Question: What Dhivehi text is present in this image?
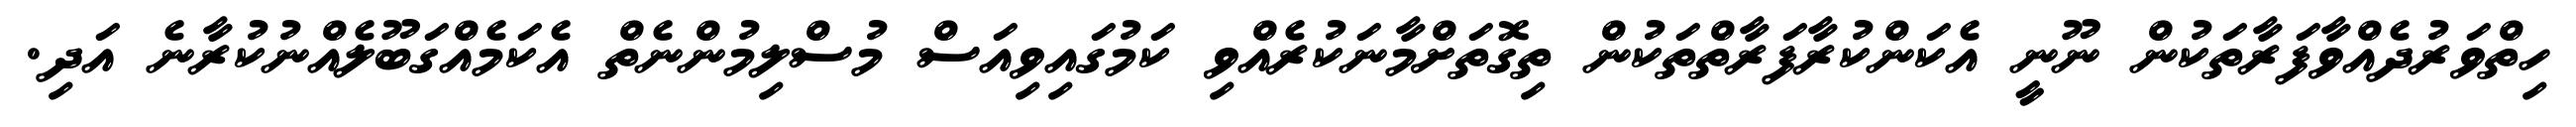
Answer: ހިތްވަރުދެއްވާފަރާތަކުން ނޫނީ އެކަންކުރާފަރާތްތަކުން ތިގޮތަށްމާނަކުރެއްވި ކަމުގައިވިއަސް މުސްލިމުންނެތް އެކަމެއްގަބޫލެއްނުކުރާނެ އަދި.